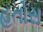
હતોસ